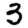
Digit: 3